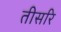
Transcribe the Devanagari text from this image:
तीसरि